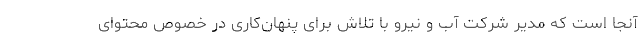
آنجا است که مدیر شرکت آب و نیرو با تلاش برای پنهان‌کاری در خصوص محتوای